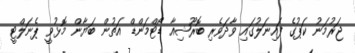
ޖަރުމަނު ކަޕުގެ ފައިނަލުގައި ވާދަވެރި ބޮރޫޝިއާ ޑޯޓްމަންޑް އަތުން ބަޔާން މޮޅުވީ ޕެނަލްޓީ